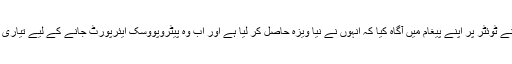
آج فخر عالم نے ٹوئٹر پر اپنے پیغام میں آگاہ کیا کہ انہوں نے نیا ویزہ حاصل کر لیا ہے اور اب وہ پیٹروپووَسک ایئرپورٹ جانے کے لیے تیاری کر رہے ہیں۔